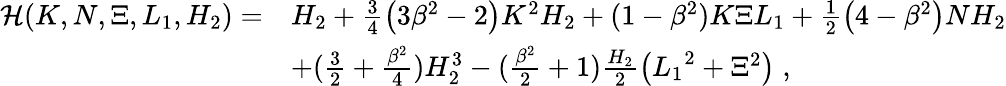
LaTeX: \begin{array}{rl}{\mathcal{H}(K,N,\Xi,L_{1},H_{2})=}&{H_{2}+\frac{3}{4}\left(3\beta^{2}-2\right)K^{2}H_{2}+(1-\beta^{2})K\Xi L_{1}+\frac{1}{2}\left(4-\beta^{2}\right)NH_{2}}\\ &{+(\frac{3}{2}+\frac{\beta^{2}}{4})H_{2}^{3}-(\frac{\beta^{2}}{2}+1)\frac{H_{2}}{2}\left({L_{1}}^{2}+{\Xi}^{2}\right)\; ,}\end{array}